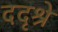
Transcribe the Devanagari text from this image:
ददृश्रे